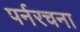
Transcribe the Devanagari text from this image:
पर्नरचना